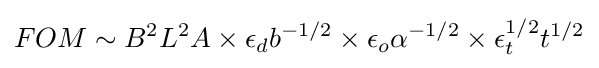
FOM\sim B^{2}L^{2}A\times \epsilon _{d}b^{-1/2}\times \epsilon _{o}\alpha ^{-1/2}\times \epsilon _{t}^{1/2}t^{1/2}